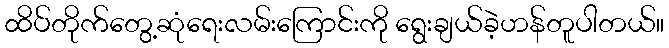
ထိပ်တိုက်တွေ့ဆုံရေးလမ်းကြောင်းကို ရွေးချယ်ခဲ့ဟန်တူပါတယ်။